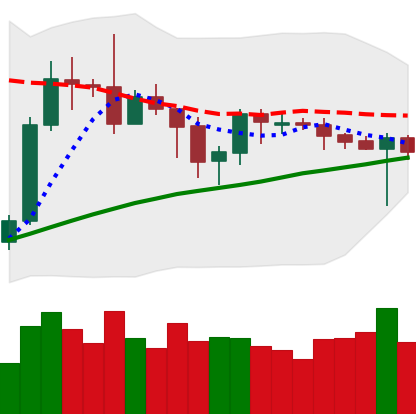
Ticker: BTC-USD
Chart end date: 2019-09-20
Forward return: -16.644%
Label: down_7plus